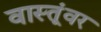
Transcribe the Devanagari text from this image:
वास्तूंवर